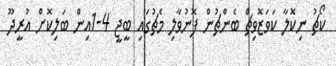
ކޯޗު ނިކޮލާ ކަވަޒޮވިޗް ބެންޗުން ފޮނުވާލި މެޗުގައި ބީޖީ 4-1އިން ބަލިކޮށް އުރީދޫ